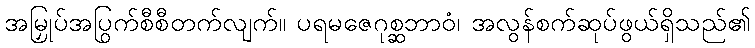
အမြှုပ်အပြွက်စီစီတက်လျက်။ ပရမဇေဂုစ္ဆဘာဝံ၊ အလွန်စက်ဆုပ်ဖွယ်ရှိသည်၏